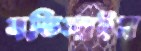
বডিলাইন